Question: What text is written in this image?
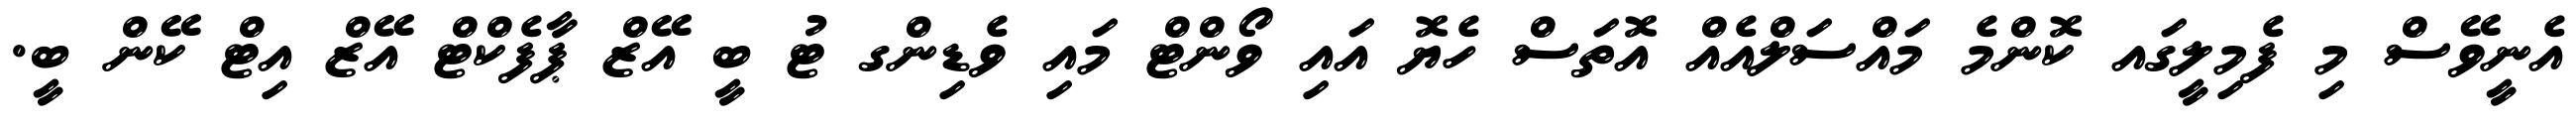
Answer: އެނީވޭސް މި ފެމިލީގައ ކޮންމެ މައްސަލްއެއް އޮތަސް ހެޔޮ އައި ވޯންޓް މައި ވެޑިންގ ޓު ބީ އޭޒް ޕާފެކްޓް އޭޒް އިޓް ކޭން ބީ.